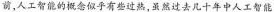
前，人工智能的概念似乎有些过热，虽然过去几十年中人工智能